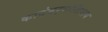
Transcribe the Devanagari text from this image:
कादंबर्‍यांशिवाय